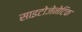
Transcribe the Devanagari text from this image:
साइटोजेनेटिक